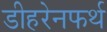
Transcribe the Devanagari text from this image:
डीहरेनफर्थ